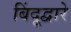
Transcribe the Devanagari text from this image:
बिंदूद्वारे